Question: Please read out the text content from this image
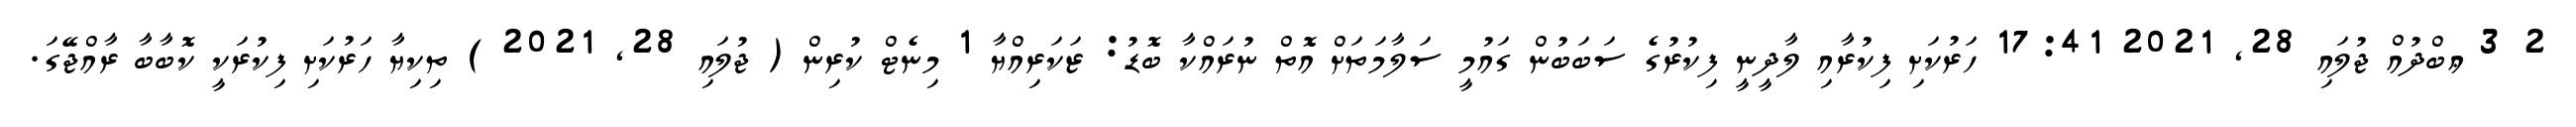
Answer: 2 3 ޢބްދުއް ޖުލައި 28, 2021 17:41 ހަރުކަށި ފިކުރާއި ލާދީނީ ފިކުރުގެ ސަބަބުން ގައުމީ ސަލާމަތަށް އޮތް ނުރައްކާ ބޮޑު: ޒަކަރިއްޔާ 1 މިނެޓް ކުރިން ( ޖުލައި 28, 2021 ) ތިކިޔާ ހަރުކަށި ފިކުރަކީ ކޮބާބާ ރާއްޖޭގަ.